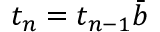
t _ { n } = t _ { n - 1 } \bar { b }